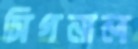
সিগনাল